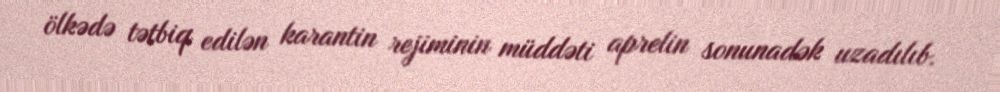
ölkədə tətbiq edilən karantin rejiminin müddəti aprelin sonunadək uzadılıb.